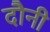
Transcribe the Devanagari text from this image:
दौनी